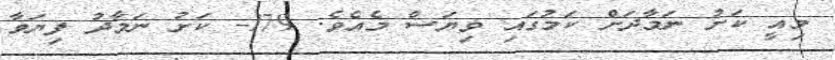
މިއީ ކަށު ނަމާދަށް ކަމުގައި ވިޔަސް މެއެވެ. 179- ކަށު ނަމާދު ފިޔަވާ